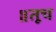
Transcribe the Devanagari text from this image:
॥तूच